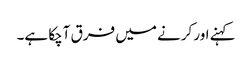
کہنے اور کرنے میں فرق آچکا ہے۔